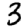
Digit: 3